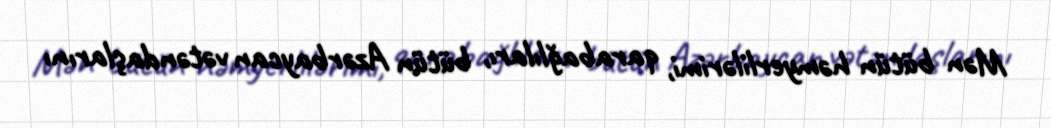
Mən bütün həmyerlilərimi, qarabağlıları, bütün Azərbaycan vətəndaşlarını